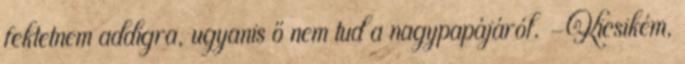
fektetnem addigra, ugyanis ő nem tud a nagypapájáról. -Kicsikém,